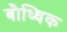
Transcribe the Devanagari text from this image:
बौध्धिक